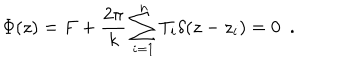
LaTeX: \Phi ( z ) = F + \frac { 2 \pi } { k } \sum _ { i = 1 } ^ { n } T _ { i } \delta ( z - z _ { i } ) = 0 \ \ .